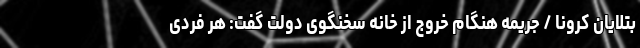
بتلایان کرونا / جریمه هنگام خروج از خانه سخنگوی دولت گفت: هر فردی